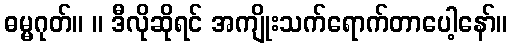
ဓမ္မဂုတ်။ ။ ဒီလိုဆိုရင် အကျိုးသက်ရောက်တာပေါ့နော်။